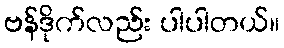
ဗန်ဒိုက်လည်း ပါပါတယ်။